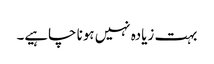
بہت زیادہ نہیں ہونا چاہیے۔